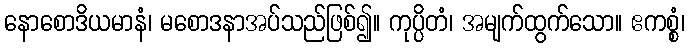
နောစောဒိယမာနံ၊ မစောဒနာအပ်သည်ဖြစ်၍။ ကုပ္ပိတံ၊ အမျက်ထွက်သော။ ဧကစ္စံ၊